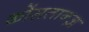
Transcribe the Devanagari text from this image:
कोंसतान्ज़